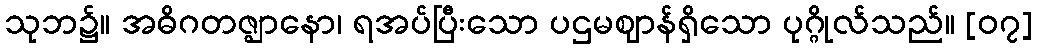
သုဘ၌။ အဓိဂတဇ္ဈာနော၊ ရအပ်ပြီးသော ပဌမဈာန်ရှိသော ပုဂ္ဂိုလ်သည်။ [၀၇]